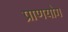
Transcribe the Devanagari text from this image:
प्राणयोग